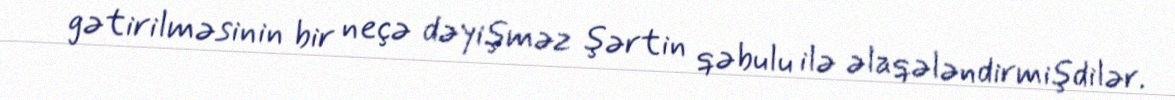
gətirilməsinin bir neçə dəyişməz şərtin qəbulu ilə əlaqələndirmişdilər.